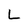
Character: L